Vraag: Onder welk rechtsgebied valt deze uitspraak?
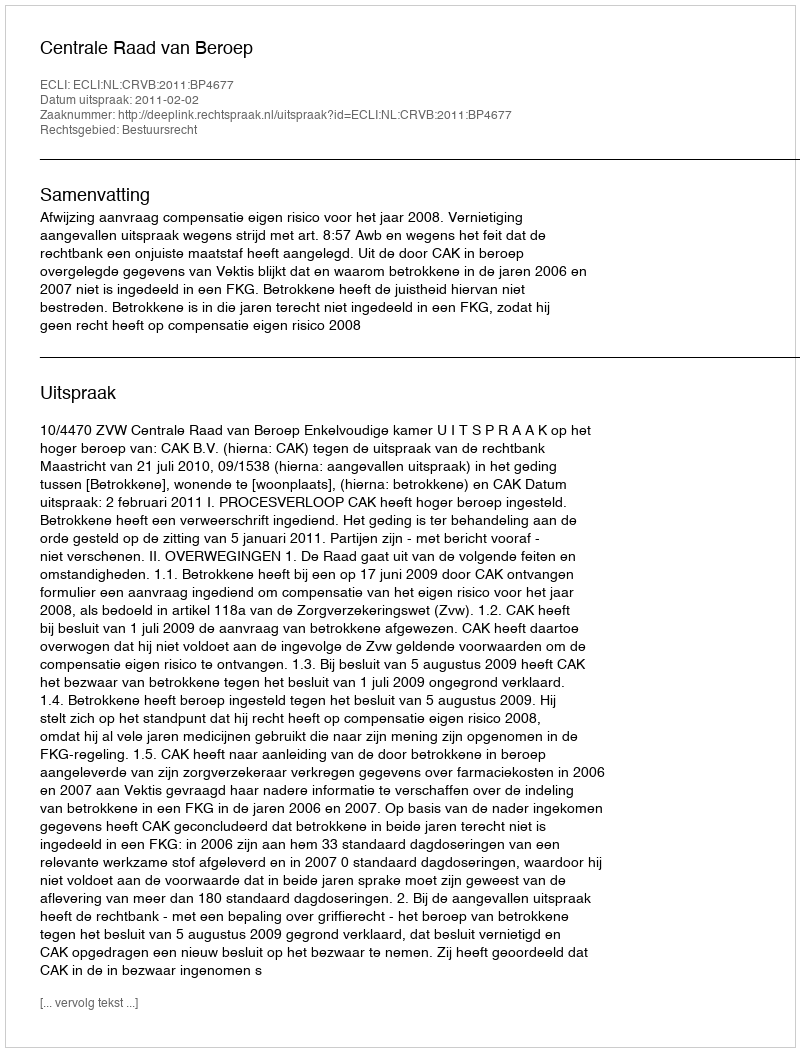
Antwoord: Bestuursrecht